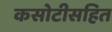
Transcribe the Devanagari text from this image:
कसोटीसहित